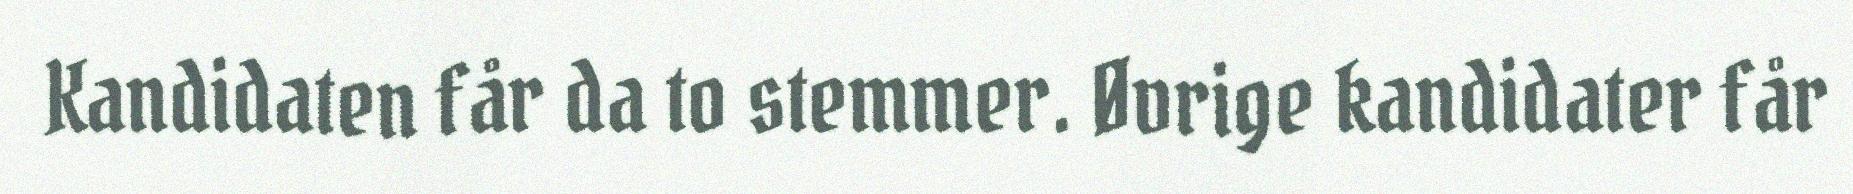
Kandidaten får da to stemmer. Øvrige kandidater får